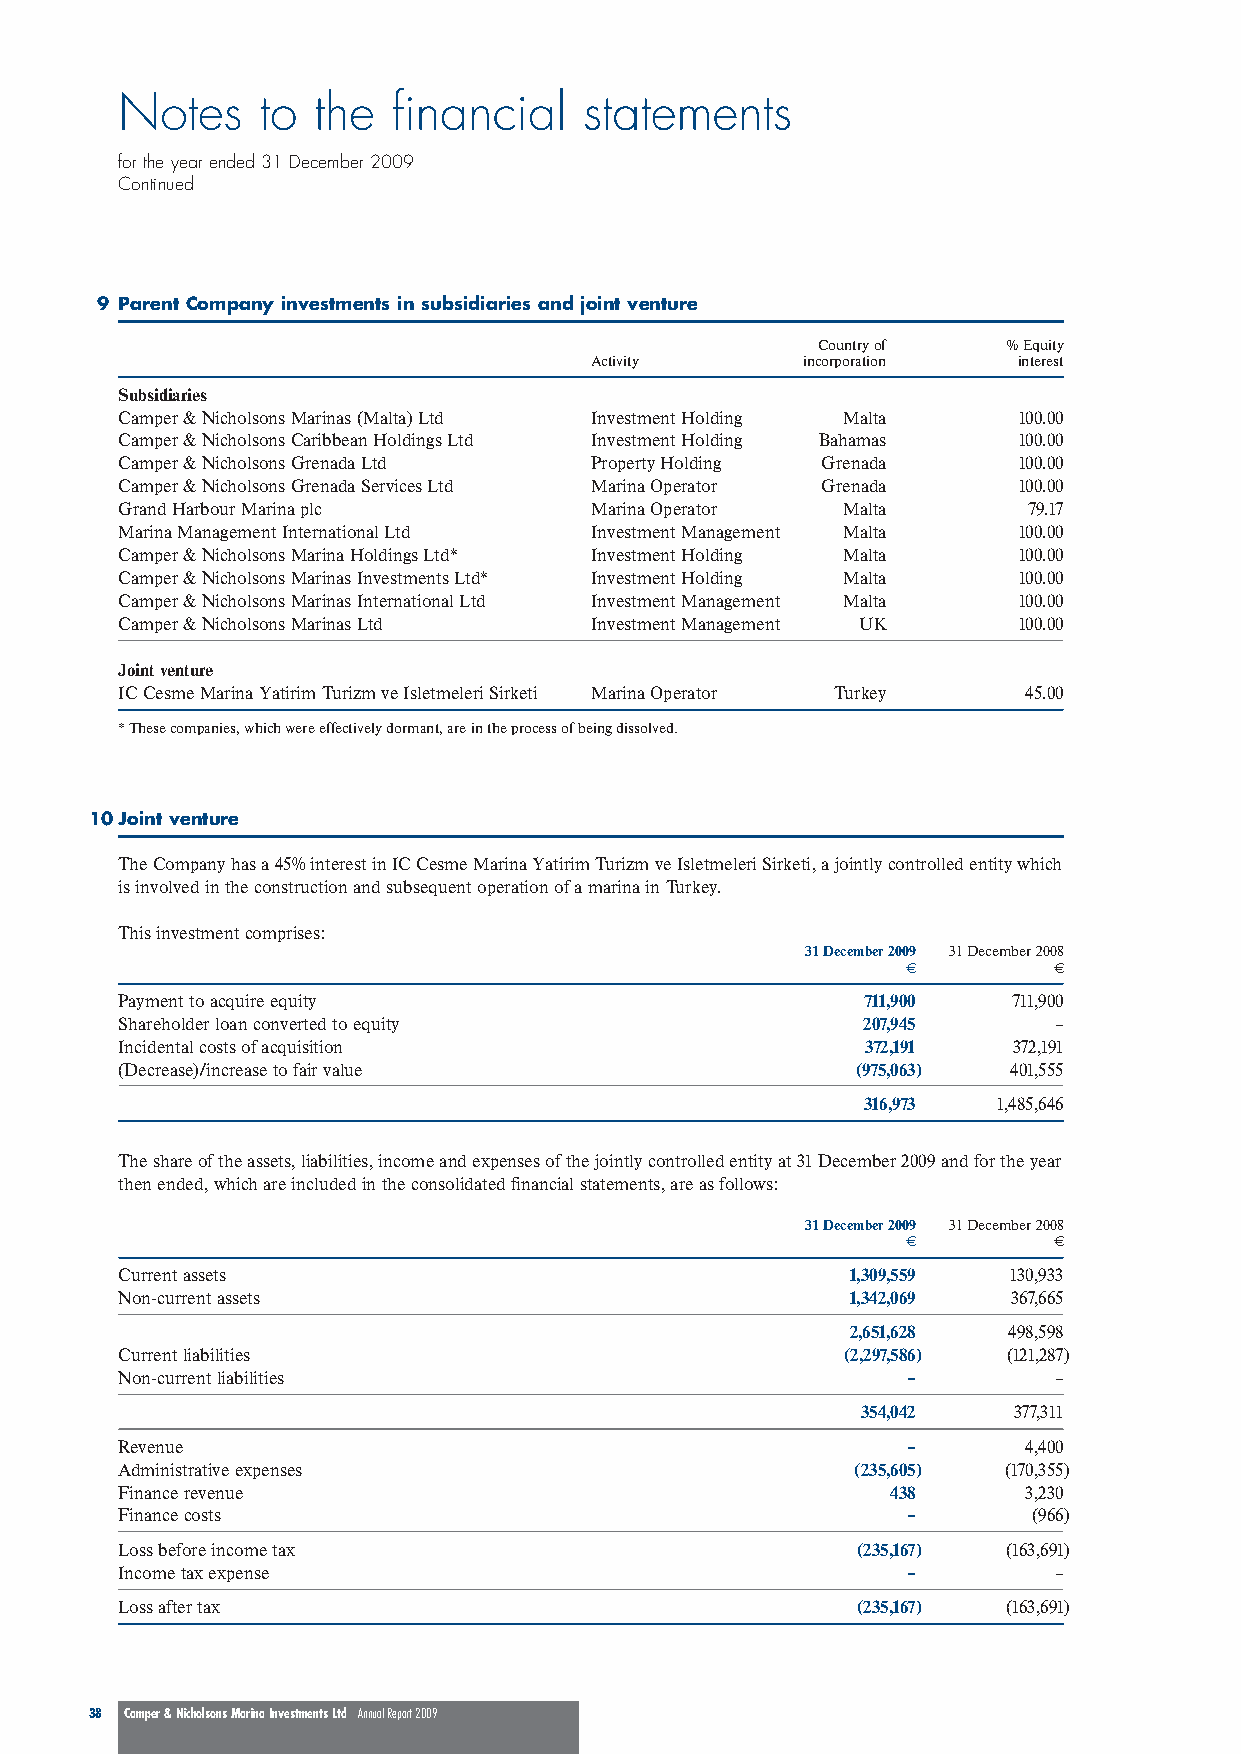
Notes    to  the  financial    statements
 for the year ended 31 December 2009
 Continued
 9 Parent Company investments in subsidiaries and joint venture
 Country of   % Equity
 Activity      incorporation interest
 Subsidiaries
 Camper & Nicholsons Marinas (Malta) Ltd Investment Holding Malta 100.00
 Camper & Nicholsons Caribbean Holdings Ltd Investment Holding Bahamas 100.00
 Camper & Nicholsons Grenada Ltd Property Holding Grenada   100.00
 Camper & Nicholsons Grenada Services Ltd Marina Operator Grenada 100.00
 Grand Harbour Marina plc       Marina Operator  Malta       79.17
 Marina Management International Ltd Investment Management Malta 100.00
 Camper & Nicholsons Marina Holdings Ltd* Investment Holding Malta 100.00
 Camper & Nicholsons Marinas Investments Ltd* Investment Holding Malta 100.00
 Camper & Nicholsons Marinas International Ltd Investment Management Malta 100.00
 Camper & Nicholsons Marinas Ltd Investment Management UK   100.00
 Joint venture
 IC Cesme Marina Yatirim Turizm ve Isletmeleri Sirketi Marina Operator Turkey 45.00
 * These companies, which were effectively dormant, are in the process of being dissolved.
 10Joint venture
 The Company has a 45% interest in IC Cesme Marina Yatirim Turizm ve Isletmeleri Sirketi, a jointly controlled entity which
 is involved in the construction and subsequent operation of a marina in Turkey.
 This investment comprises:
 31 December 2009 31 December 2008
 €         €
 Payment to acquire equity                        711,900   711,900
 Shareholder loan converted to equity             207,945      –
 Incidental costs of acquisition                  372,191   372,191
 (Decrease)/increase to fair value                (975,063) 401,555
 316,973  1,485,646
 The share of the assets, liabilities, income and expenses of the jointly controlled entity at 31 December 2009 and for the year
 then ended, which are included in the consolidated financial statements, are as follows:
 31 December 2009 31 December 2008
 €         €
 Current assets                                  1,309,559  130,933
 Non-current assets                              1,342,069  367,665
 2,651,628  498,598
 Current liabilities                             (2,297,586) (121,287)
 Non-current liabilities                             –         –
 354,042   377,311
 Revenue                                             –       4,400
 Administrative expenses                          (235,605) (170,355)
 Finance revenue                                    438      3,230
 Finance costs                                       –       (966)
 Loss before income tax                           (235,167) (163,691)
 Income tax expense                                  –         –
 Loss after tax                                   (235,167) (163,691)
 38 Camper & Nicholsons Marina Investments Ltd Annual Report 2009